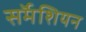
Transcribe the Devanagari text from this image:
सर्मॅशियन